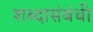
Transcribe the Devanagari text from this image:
शब्दासंबंधी